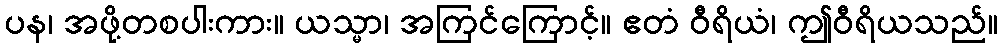
ပန၊ အဖို့တစပါးကား။ ယသ္မာ၊ အကြင်ကြောင့်။ ဧတံ ဝီရိယံ၊ ဤဝီရိယသည်။